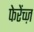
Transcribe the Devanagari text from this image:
फेरेंच्ज़